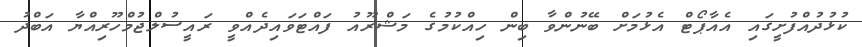
ކުޅުދުއްފުށީގައި އެއާޕޯޓް އެޅުމަށް ބޭނުންވާ ބިން ހިއްކުމުގެ މަޝްރޫއު ފައްޓަވައިދެއްވީ ރައީސުލްޖުމްހޫރިއްޔާ އަބްދު